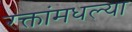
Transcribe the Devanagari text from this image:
रक्तांमधल्या